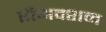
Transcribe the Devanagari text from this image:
रीअक्शन